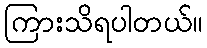
ကြားသိရပါတယ်။